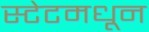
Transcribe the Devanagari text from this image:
स्टेटमधून